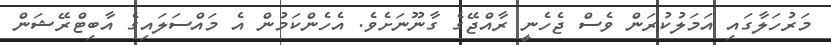
މަރުހަލާގައި އަމަލުކުރަން ވެސް ޖެހެނީ ރާއްޖޭގެ ގާނޫނަށެވެ. އެހެންކަމުން އެ މައްސަލައިގެ އާބިޓްރޭޝަން